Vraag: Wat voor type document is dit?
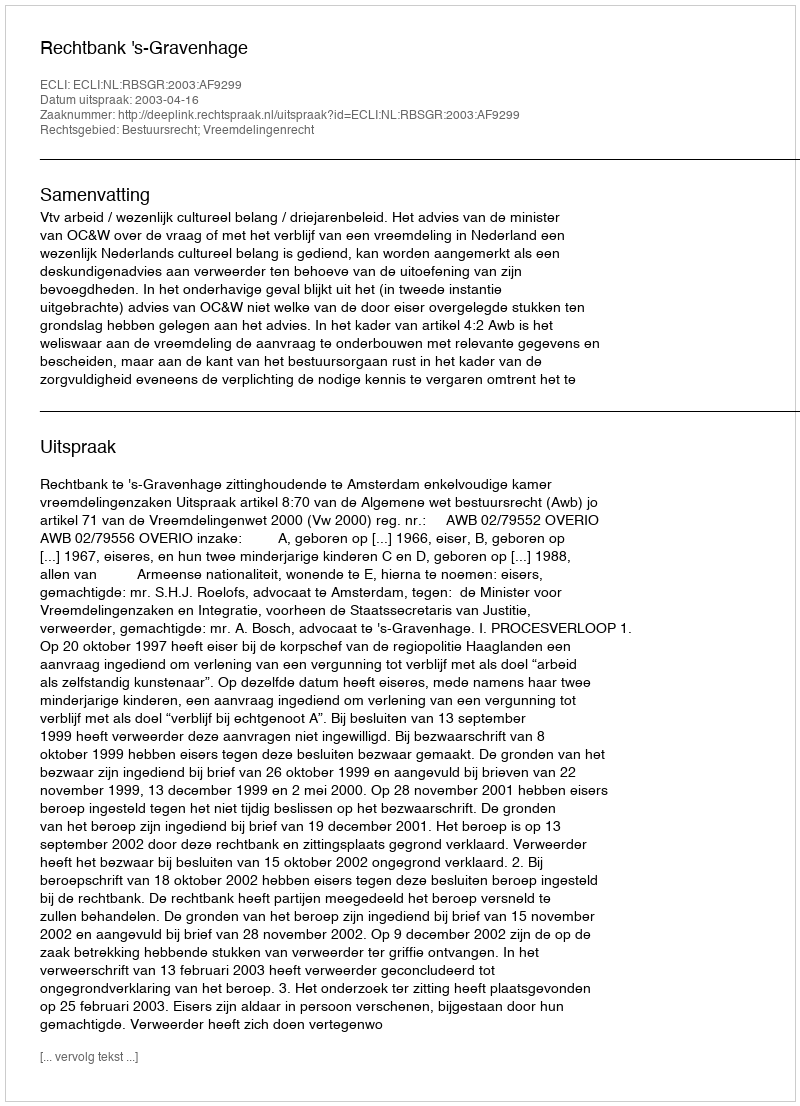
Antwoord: Uitspraak